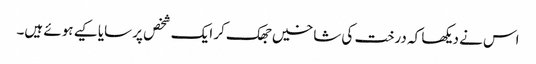
اس نے دیکھا کہ درخت کی شاخیں جھک کر ایک شخص پر سایا کیے ہوئے ہیں۔